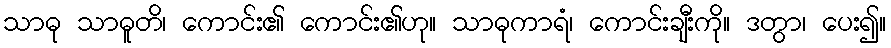
သာဓု သာဓူတိ၊ ကောင်း၏ ကောင်း၏ဟု။ သာဓုကာရံ၊ ကောင်းချီးကို။ ဒတွာ၊ ပေး၍။